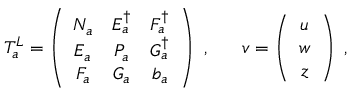
T _ { a } ^ { L } = \left( \begin{array} { c c c } { { N _ { a } } } & { { E _ { a } ^ { \dagger } } } & { { F _ { a } ^ { \dagger } } } \\ { { E _ { a } } } & { { P _ { a } } } & { { G _ { a } ^ { \dagger } } } \\ { { F _ { a } } } & { { G _ { a } } } & { { b _ { a } } } \end{array} \right) ~ , ~ ~ ~ ~ ~ v = \left( \begin{array} { c } { { u } } \\ { { w } } \\ { { z } } \end{array} \right) ~ ,